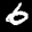
Label: 6